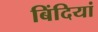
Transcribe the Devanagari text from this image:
बिंदियां